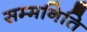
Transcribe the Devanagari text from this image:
सम्मनिति